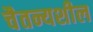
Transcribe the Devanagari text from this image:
चैतन्यशील